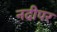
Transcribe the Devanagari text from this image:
नदीपर